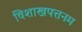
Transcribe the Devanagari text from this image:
विशाखपत्तनम